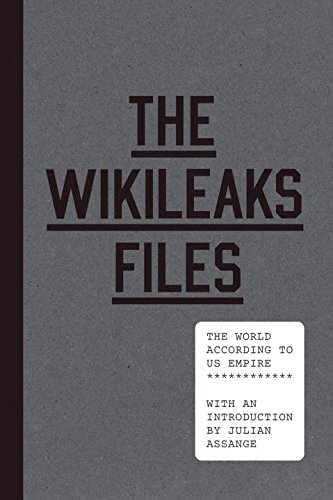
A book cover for The WikiLeaks Files: The World According to US Empire; WikiLeaks; Politics & Social Sciences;